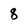
Character: 8